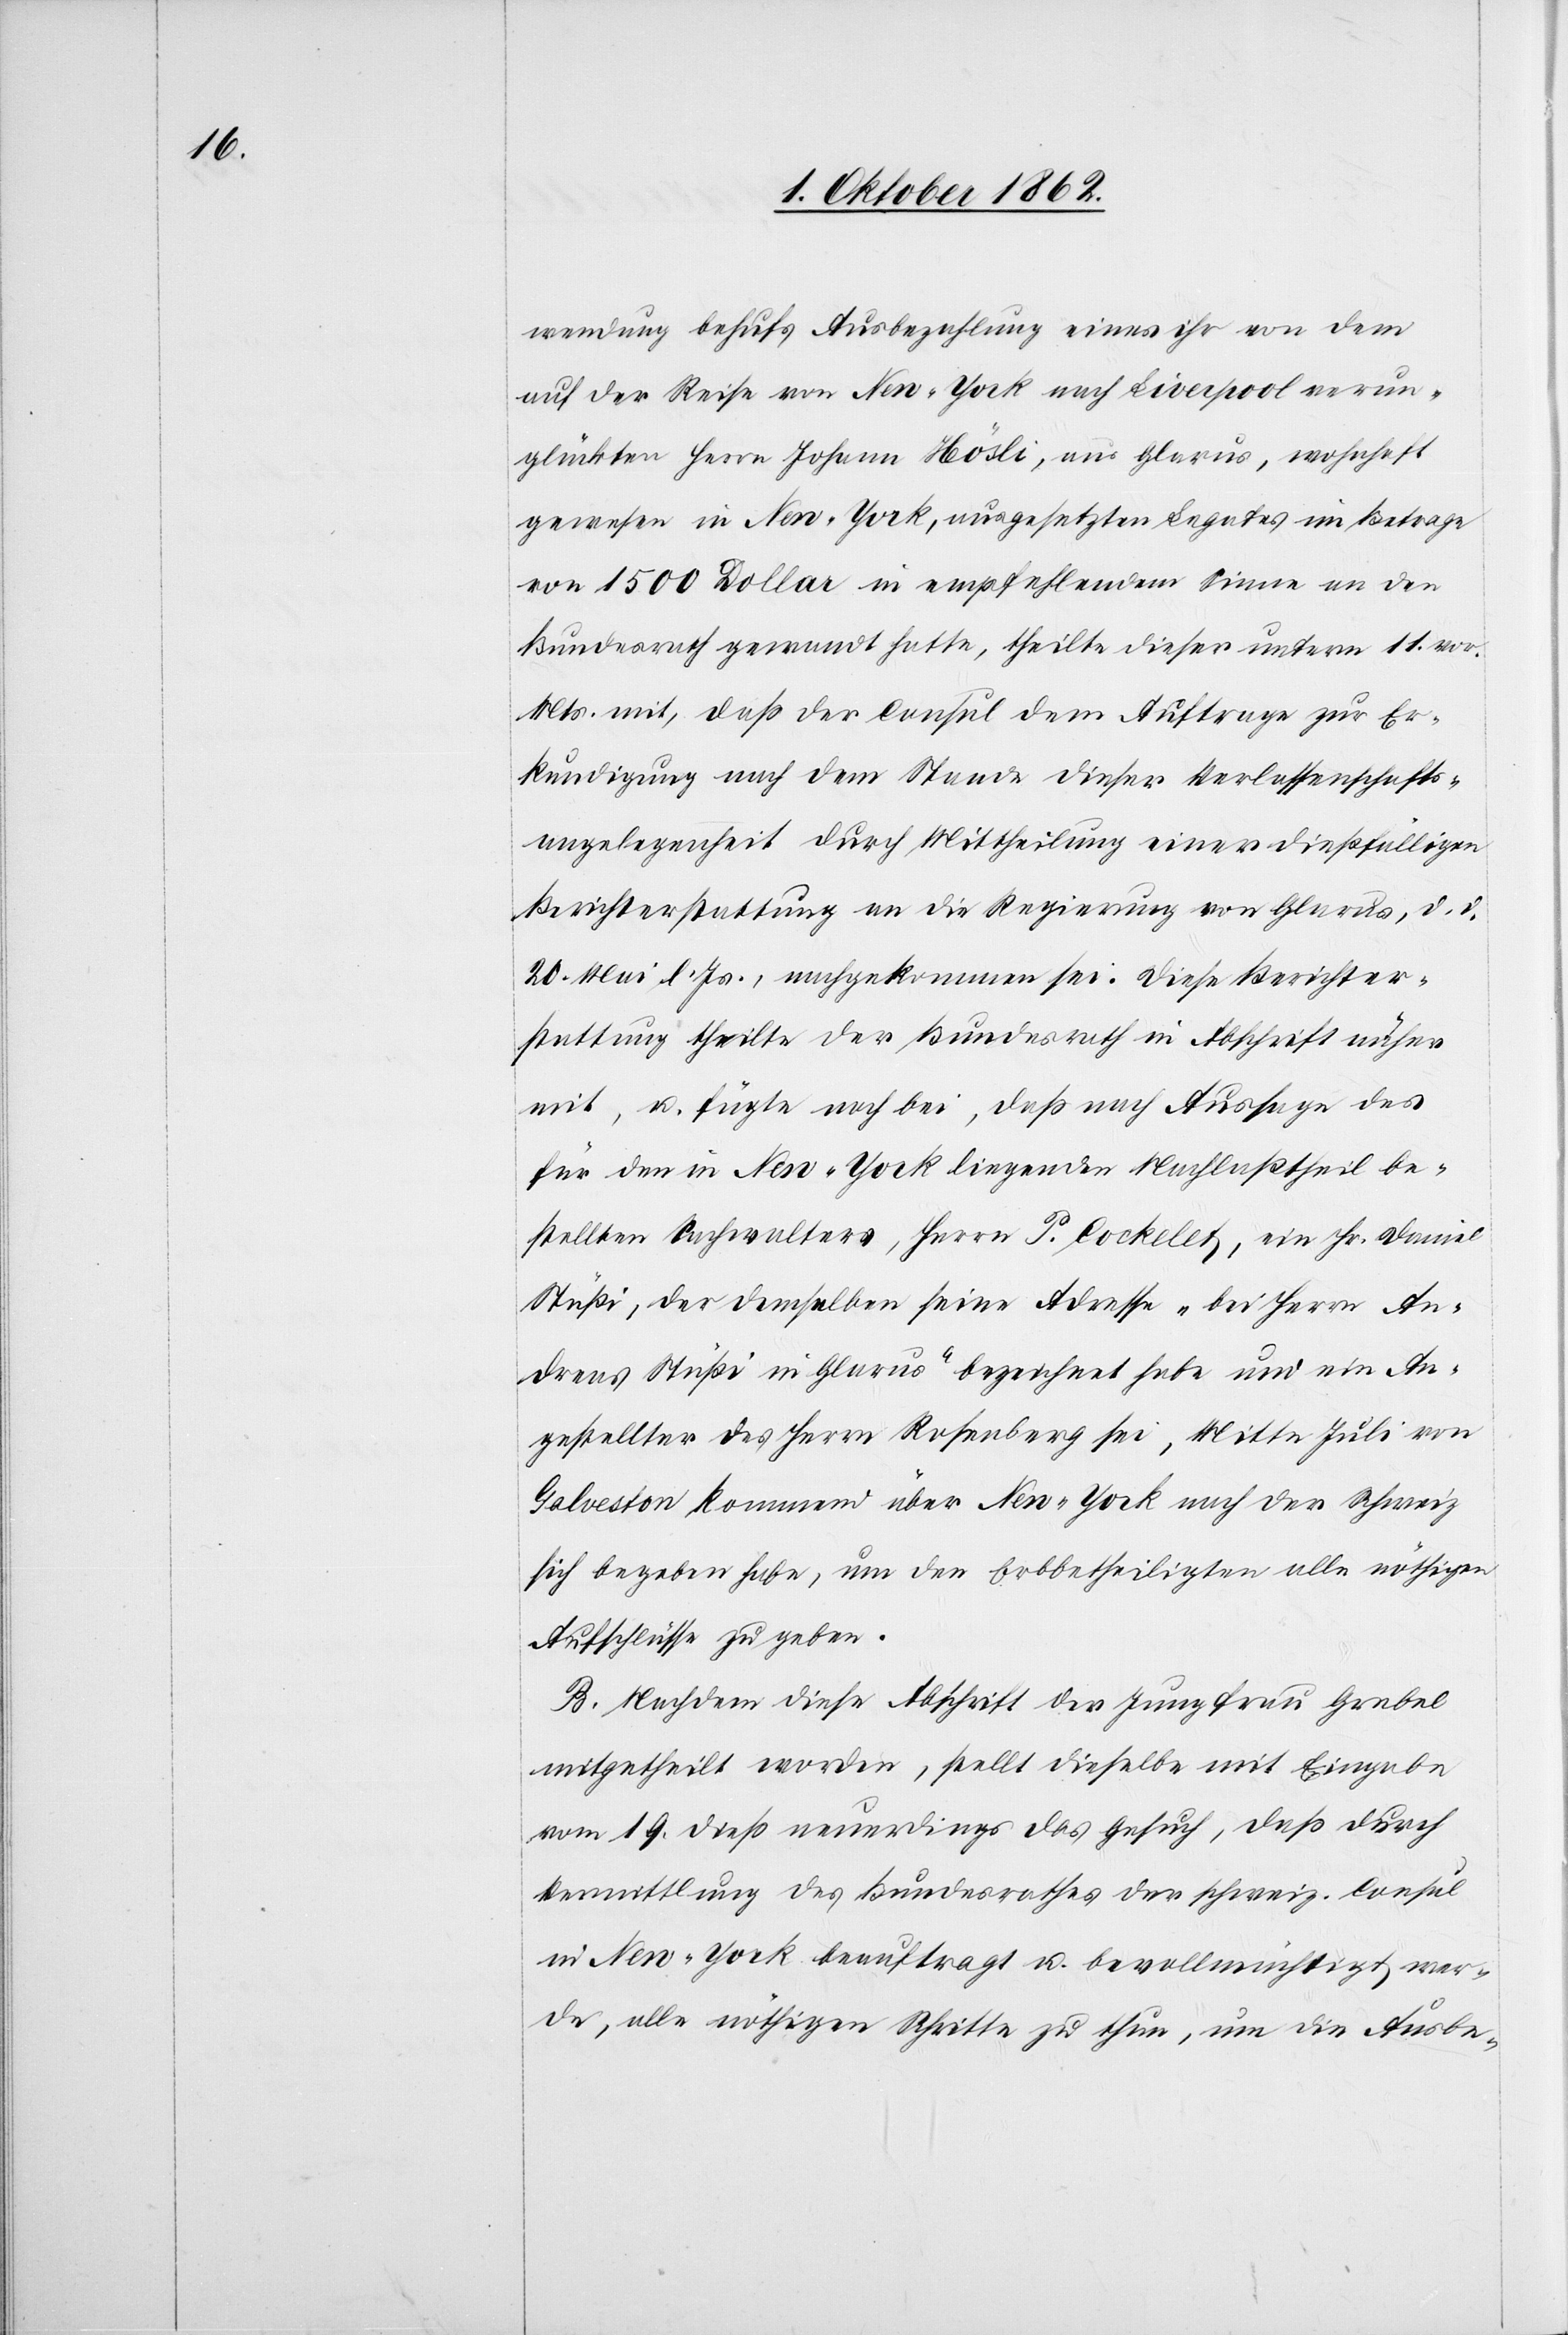
wendung behufs Ausbezahlung eines ihr von dem
auf der Reise von New-York nach Liverpool verun¬
glückten Herrn Johann Hösli, aus Glarus, wohnhaft
gewesen in New-York, ausgesetzten Legates im Betrage
von 1500 Dollar in empfehlendem Sinne an den
Bundesrath gewandt hatte, theilte dieser unterm 11. vor.
Mts. mit, daß der Consul dem Auftrage zur Er¬
kundigung nach dem Stande dieser Verlassenschafts¬
angelegenheit durch Mittheilung einer diesfälligen
Berichterstattung an die Regierung von Glarus, d. d.
20. Mai d. Js., nachgekommen sei. Diese Berichter¬
stattung theilte der Bundesrath in Abschrift näher
mit, u. fügte noch bei, daß nach Aussage des
für den in New-York liegenden Nachlaßtheil be¬
stellten Sachwalters, Herr P. Cochelet, ein Hr. Daniel
Stüßi, der demselben seine Adresse „bei Herrn An¬
dreas Stüßi in Glarus“ bezeichnet habe und ein An¬
gestellter des Herrn Rosenberg sei, Mitte Juli von
Galveston kommend über New-York nach der Schweiz
sich begeben habe, um den Erbbetheiligten alle nöthigen
Aufschlüsse zu geben.
B. Nachdem diese Abschrift der Jungfrau Grebel
mitgetheilt worden, stellt dieselbe mit Eingabe
vom 19. dieß neuerdings das Gesuch, daß durch
Vermittlung des Bundesrathes der schweiz. Consul
in New-York beauftragt u. bevollmächtigt wer¬
de, alle nöthigen Schritte zu thun, um die Ausbe-